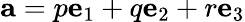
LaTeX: \mathbf{a}=p\mathbf{e}_{1}+q\mathbf{e}_{2}+r\mathbf{e}_{3}